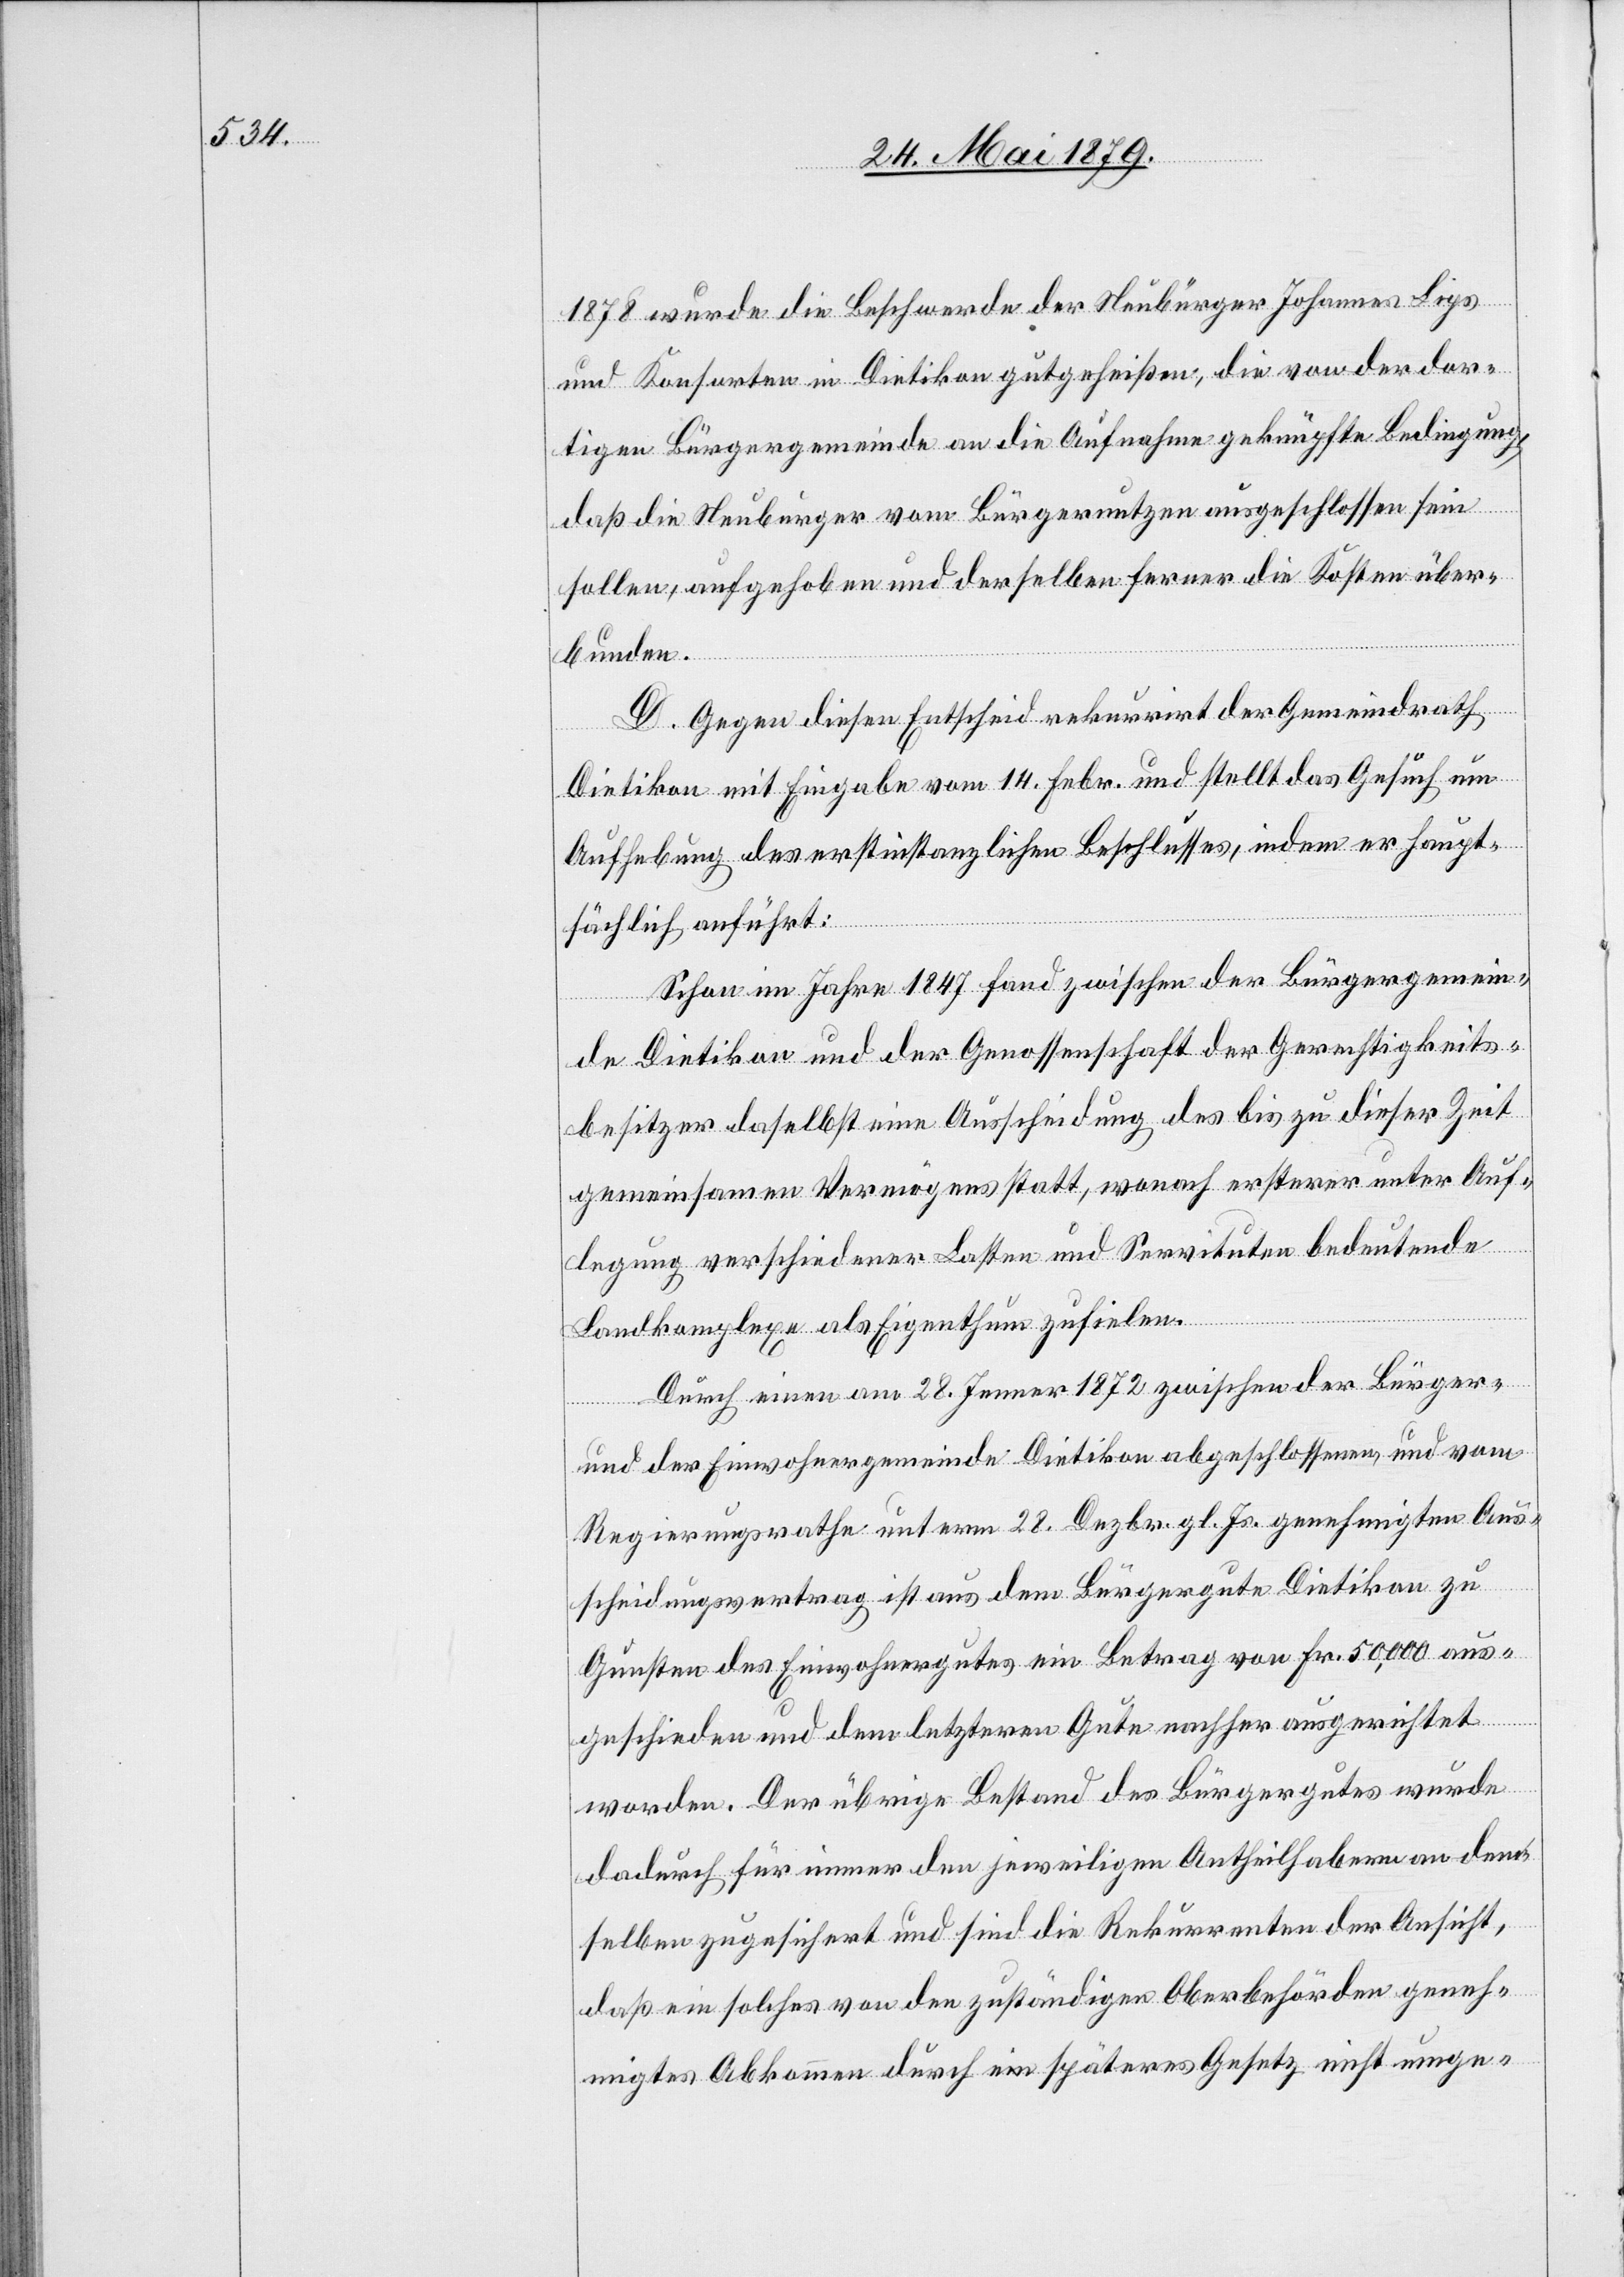
1878 wurde die Beschwerde der Neubürger Johannes Lips
und Konsorten in Dietikon gutgeheißen, die von der dor¬
tigen Bürgergemeinde an die Aufnahme geknüpfte Bedingung,
daß die Neuburger [sic!] vom Bürgernutzen ausgeschlossen sein
sollen, aufgehoben und derselben ferner die Kosten über¬
bunden.
D. Gegen diesen Entscheid rekurrirt der Gemeindrath
Dietikon mit Eingabe vom 14. Febr. und stellt das Gesuch um
Aufhebung des erstinstanzlichen Beschlusses, indem er haupt¬
sächlich anführt:
Schon im Jahr 1847 fand zwischen der Bürgergemein¬
de Dietikon und der Genossenschaft der Gerechtigkeits¬
besitzer daselbst eine Ausscheidung des bis zu dieser Zeit
gemeinsamen Vermögens statt, wonach ersterer unter Auf¬
legung verschiedener Lasten und Servituten bedeutende
Landkomplexe als Eigenthum zufielen.
Durch einen am 28. Jenner 1872 zwischen der Bürger-
und der Einwohnergemeinde Dietikon abgeschlossenen, und vom
Regierungsrathe unterm 28. Dezbr. gl. Js. genehmigten Aus¬
scheidungsvertrag ist aus dem Bürgergute Dietikon zu
Gunsten des Einwohnergutes ein Betrag von Fr. 50,000 aus¬
geschieden und dem letzteren Gute nachher ausgerichtet
worden. Der übrige Bestand des Bürgergutes wurde
dadurch für immer den jeweiligen Antheilhabern an dem¬
selben zugesichert und sind die Rekurrenten der Ansicht,
daß ein solches von den zuständigen Oberbehörden geneh¬
migtes Abkommen durch ein späteres Gesetz nicht umge-